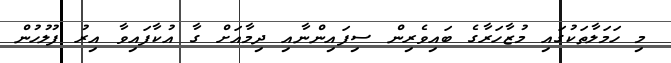
މި ހަމަލާތަކުގައި މުޒާހަރާގެ ބައިވެރިން ސިފައިންނާއި ދިމާއަށް ގާ އުކާފައިވާ އިރު ފުލުހުން